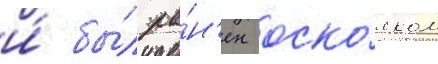
и́ бы́л ра́н'ен оско́лком